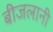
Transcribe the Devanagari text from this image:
बीजलानी